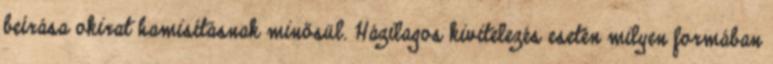
beírása okirat hamisításnak minősül. Házilagos kivitelezés esetén milyen formában